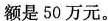
额是50万元。